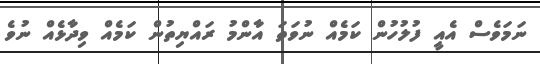
ނަމަވެސް އެއީ ފުލުހުން ކަމެއް ނުވަތަ އާންމު ރައްޔިތުން ކަމެއް ވިދާޅެއް ނުވެ